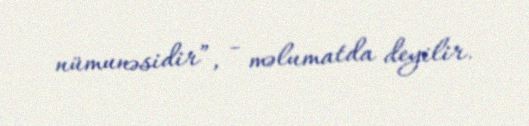
nümunəsidir”, - məlumatda deyilir.